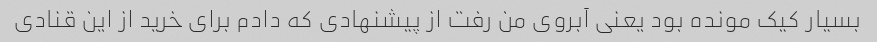
بسیار کیک مونده بود یعنی آبروی من رفت از پیشنهادی که دادم برای خرید از این قنادی